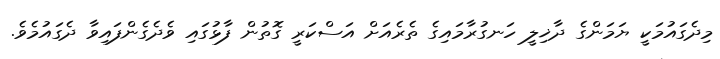
މިދެގައުމަކީ ޔަމަންގެ ދާޚިލީ ހަނގުރާމައިގެ ތެރެއަށް އަސްކަރީ ގޮތުން ފާޅުގައި ވެދެގެންފައިވާ ދެގައުމެވެ.